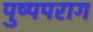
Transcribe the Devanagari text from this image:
पुष्पपराग